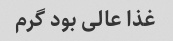
غذا عالی بود گرم